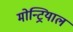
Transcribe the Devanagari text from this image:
मोन्ट्रियाल